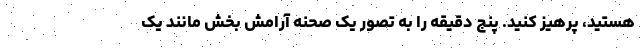
هستید، پرهیز کنید. پنج دقیقه را به تصور یک صحنه آرامش بخش مانند یک